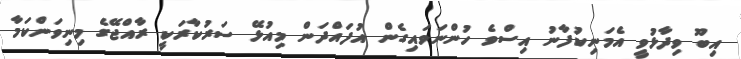
އިބޫ ވިދާޅުވީ އެމަނިކުފާނު އިސްވެ ހުންނަވައިގެން އުފައްދަން މިއުޅޭ ސަރުކާރަކީ ރާއްޖޭގެ މިނިވަންކަމާ